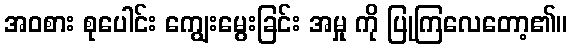
အဝစား စုပေါင်း ကျွေးမွေးခြင်း အမှု ကို ပြုကြလေတော့၏။